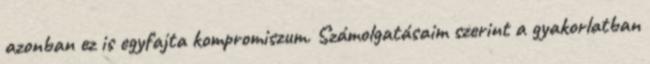
azonban ez is egyfajta kompromiszum. Számolgatásaim szerint a gyakorlatban